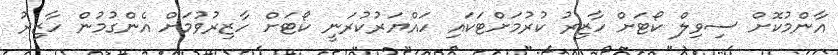
އާންމުކޮށް ސިވިލް ކޯޓަށް ހާޒިރު ކުރުމަށްޓަކައި ހައްޔަރުކުރަނީ ކޯޓަށް ހާޒިރުވުމަށް އެންގުމުން ހާޒިރު